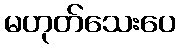
မဟုတ်သေးပေ